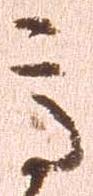
高